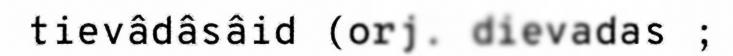
tievâdâsâid (orj. dievadas ;